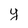
Character: y